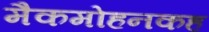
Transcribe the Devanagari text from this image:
मैकमोहनकह